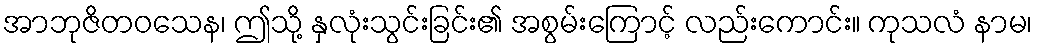
အာဘုဇိတဝသေန၊ ဤသို့ နှလုံးသွင်းခြင်း၏ အစွမ်းကြောင့် လည်းကောင်း။ ကုသလံ နာမ၊